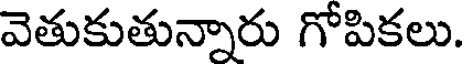
వెతుకుతున్నారు గోపికలు.